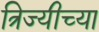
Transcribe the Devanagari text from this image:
त्रिज्यीच्या